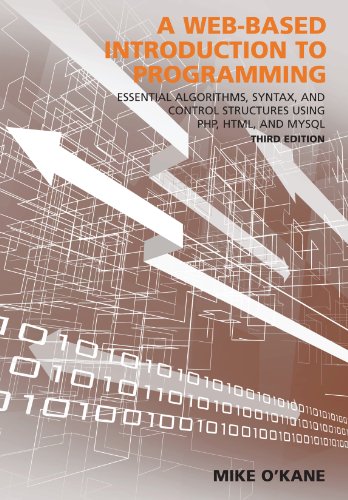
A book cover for A Web-Based Introduction to Programming: Essential Algorithms, Syntax, and Control Structures Using PHP, HTML, and MySQL, Third Edition; Mike O'Kane; Computers & Technology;